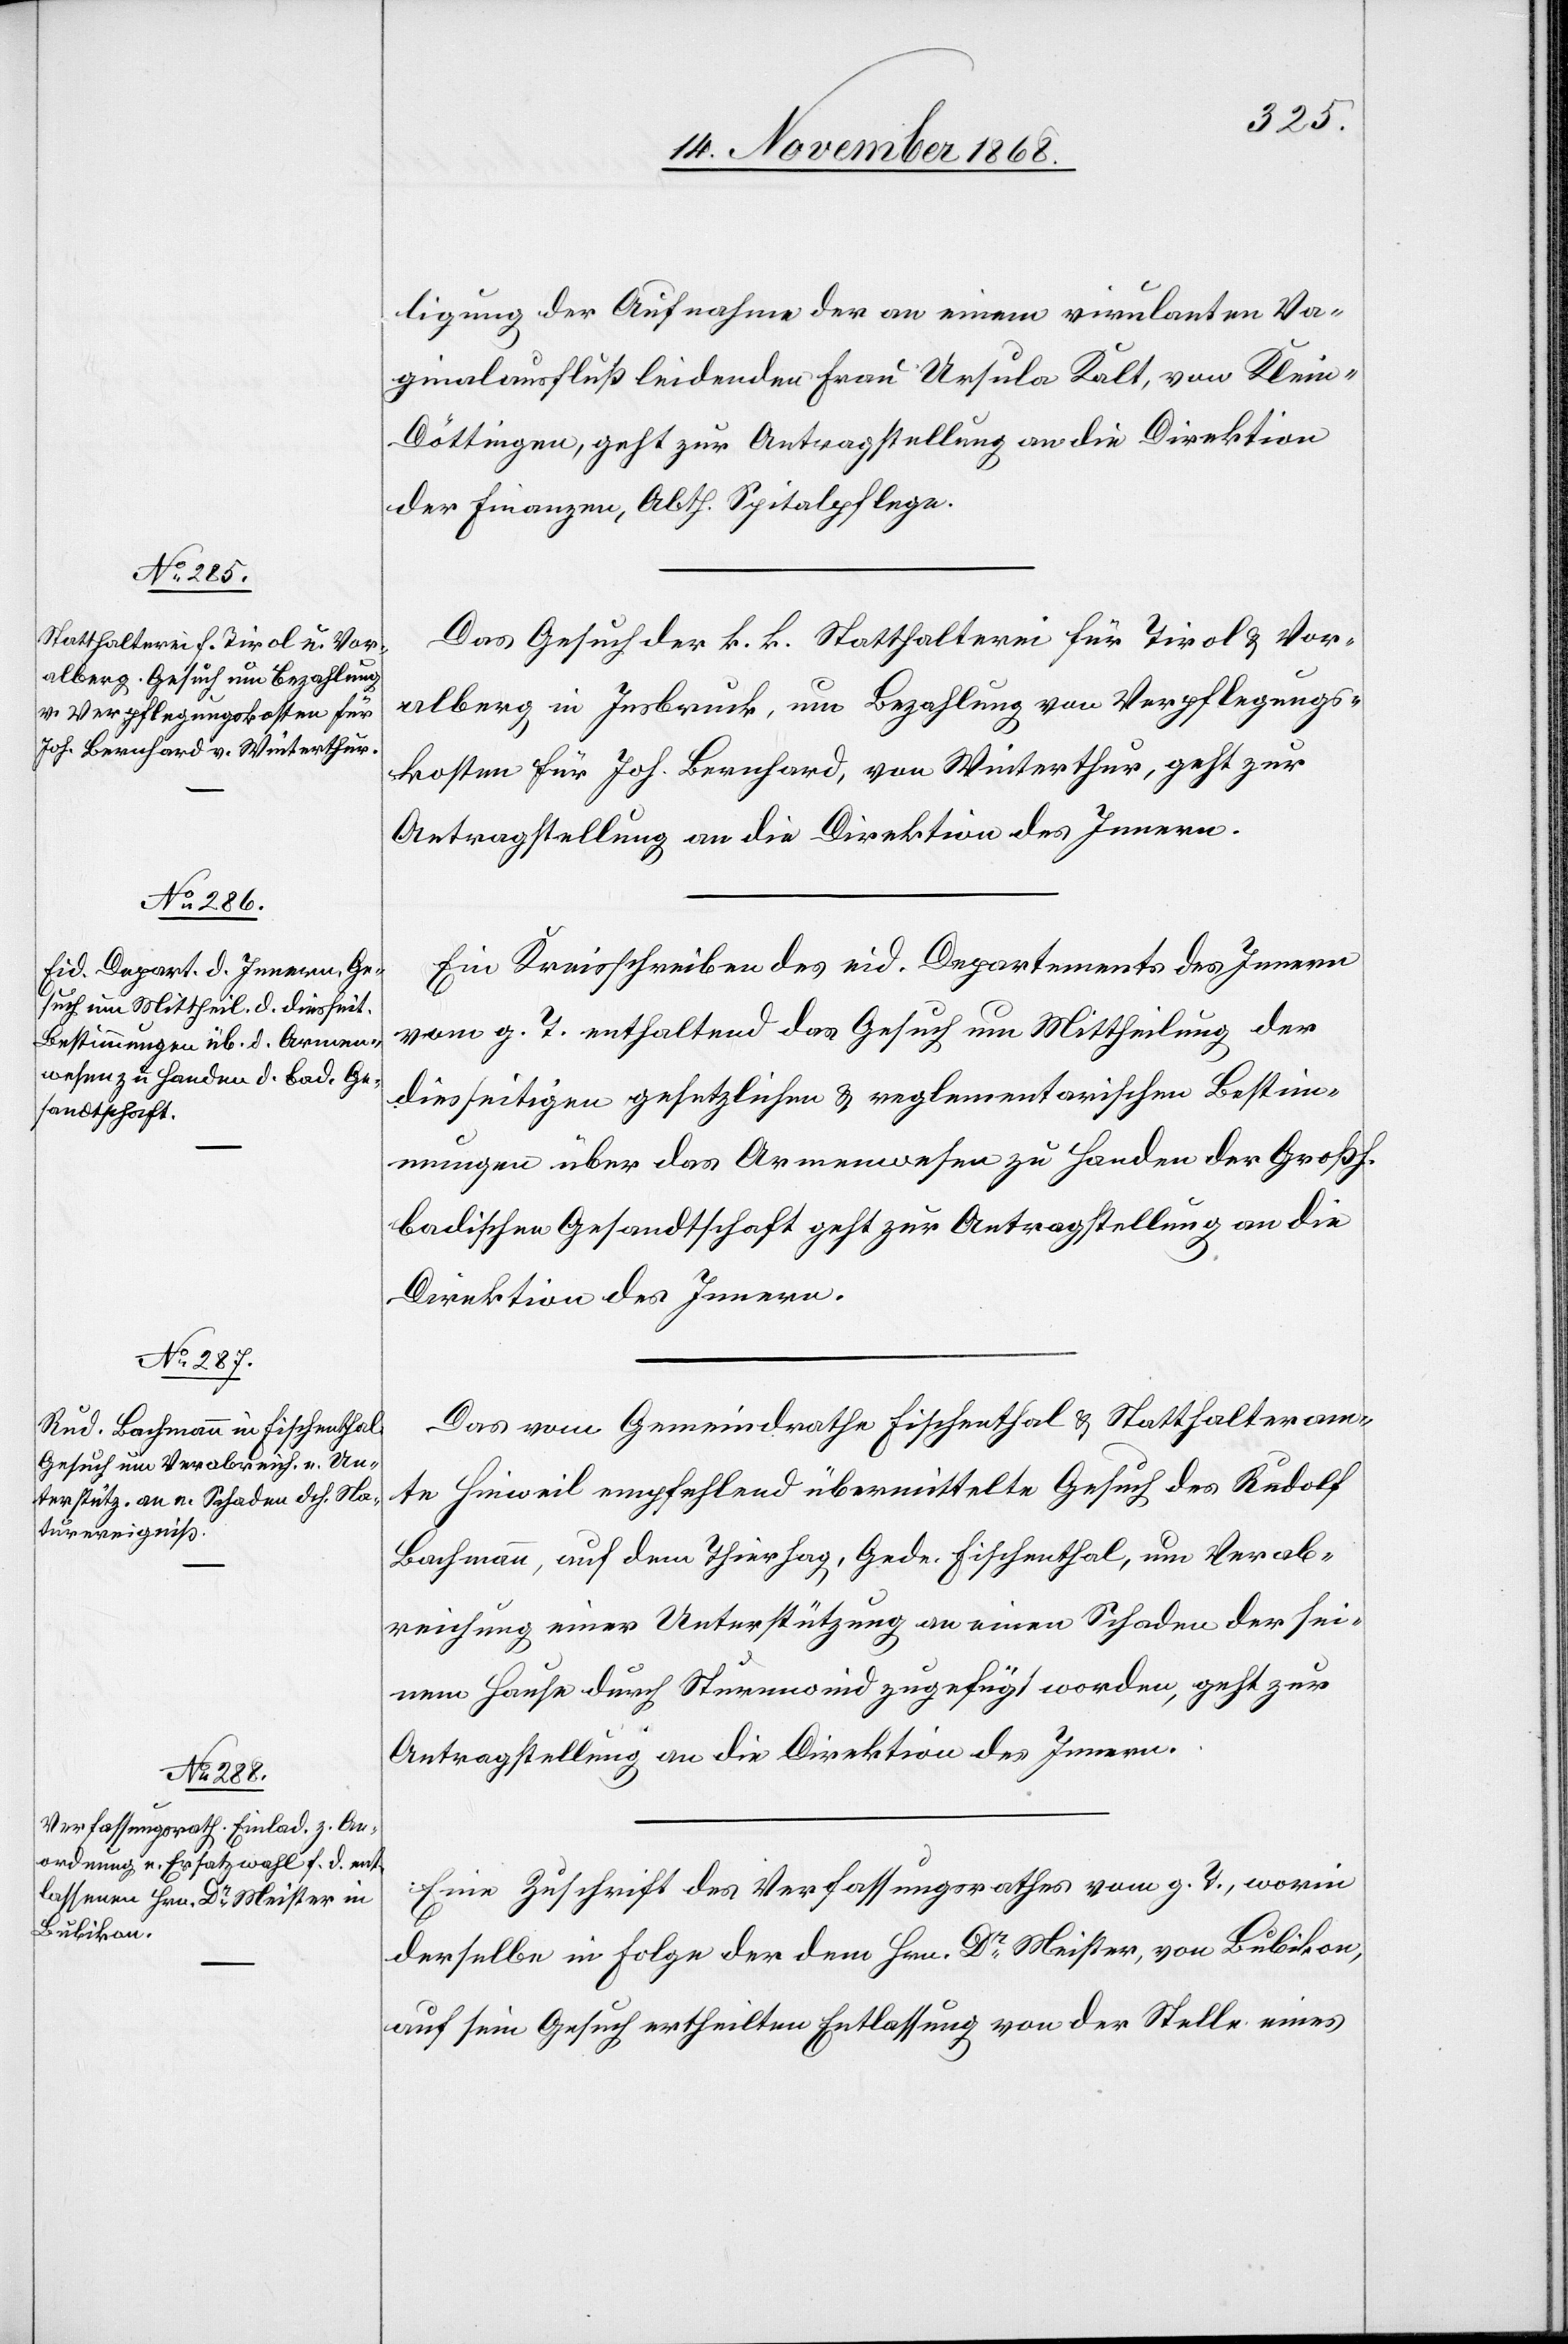
18. November 1868.]
ligung der Aufnahme der an einem virulanten Va¬
ginalausfluß leidenden Frau Ursula Kalt, von Klein-D¬
öttingen, geht zur Antragstellung an die Direktion
der Finanzen, Abth. Spitalpflege.
Das Gesuch der k. k. Statthalterei für Tirol & Vor¬
alberg in Insbruck, um Bezahlung von Verpflegungs¬
kosten für Joh. Bernhard, von Winterthur, geht zur
Antragstellung an die Direktion des Innern.
Ein Kreisschreiben des eid. Departements des Innern
vom g. T. enthaltend das Gesuch um Mittheilung der
diesseitigen gesetzlichen & reglementarischen Bestim¬
mungen über das Armenwesen zu Handen der Großh.
badischen Gesandtschaft geht zur Antragstellung an die
Direktion des Innern.
Das vom Gemeindrathe Fischenthal & Statthalteram¬
te Hinweil empfehlend übermittelte Gesuch des Rudolf
Bachmann, auf dem Thierhag, Gede. Fischenthal, um Verab¬
reichung einer Unterstützung an einen Schaden der sei¬
nem Hause durch Sturmwind zugefügt worden, geht zur
Antragstellung an die Direktion des Innern.
Eine Zuschrift des Verfassungsrathes vom g. T., worin
derselbe in Folge der dem Hrn. Dr Meister, von Bubikon,
auf sein Gesuch ertheilten Entlassung von der Stelle eines